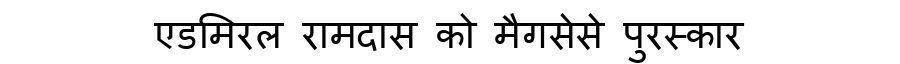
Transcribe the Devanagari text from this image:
एडमिरल रामदास को मैगसेसे पुरस्कार